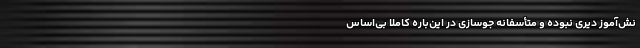
نش‌آموز دَیّری نبوده و متأسفانه جوّسازی در این‌باره کاملاً بی‌اساس